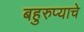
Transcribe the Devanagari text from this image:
बहुरुप्याचे